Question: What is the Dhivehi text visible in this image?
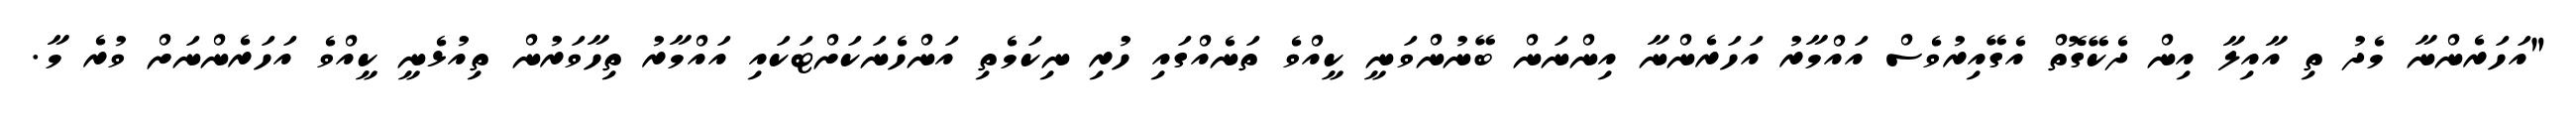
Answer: "އަހަރެންނާ މެދު ތި އާއިލާ އިން ދެކޭގޮތް އެގޭއިރުވެސް އައްމާރު އަހަރެންނާ އިންނަން ބޭނުންވަނީ ކީއްވެ ތަނެއްގައި ހުރި ނިކަމެތި އަންހެނަކަށްޓަކައި އައްމާރު ތިހާވަރުން ތިއުޅެނީ ކީއްވެ އަހަރެންނަށް ވުރެ މާ.